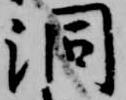
洞